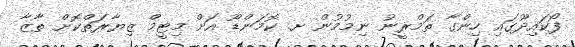
ފޯކައިދޫގައި ހިންގާ ތަމްރީނު ނިމުމުން ށ. ކޮމަންޑޫ އަށް މިޓީމް ޒިޔާރަތްކޮށް ތާޒާ